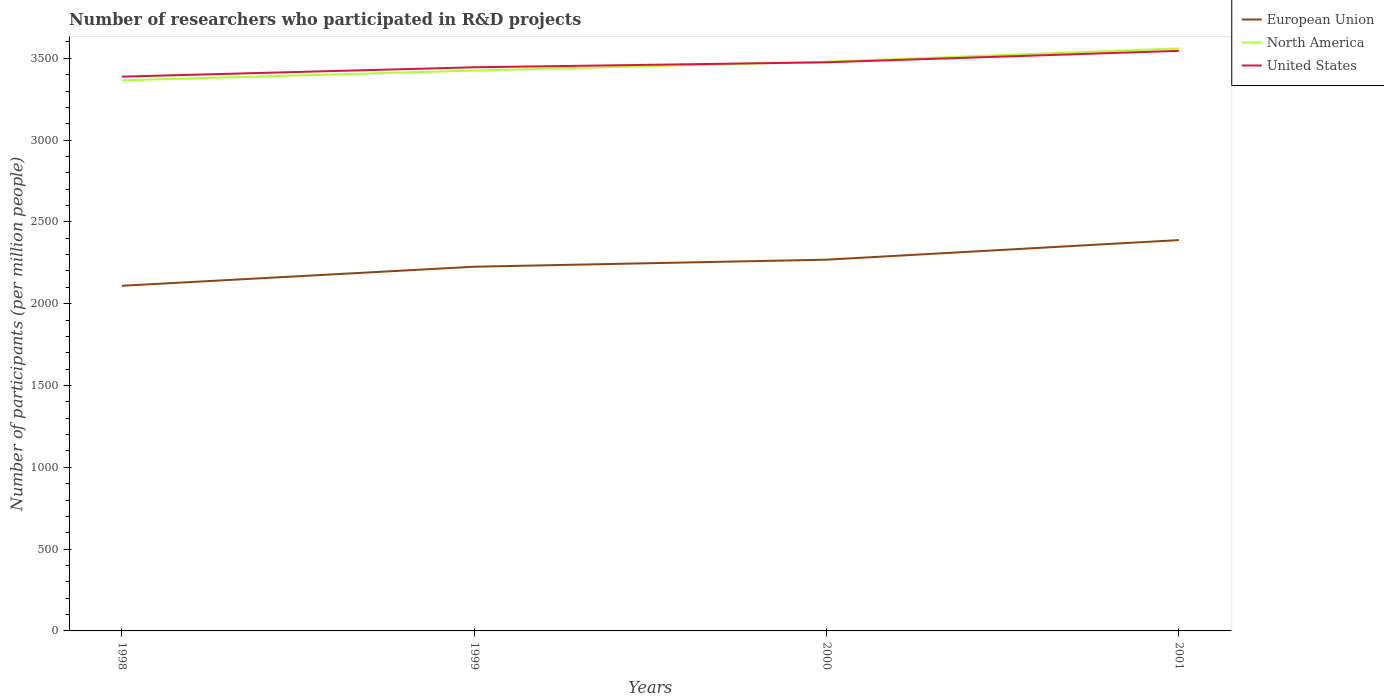
| Years | European Union | North America | United States |
 | --- | --- | --- | --- |
 | 1998 | 2.11e+03 | 3.37e+03 | 3.39e+03 |
 | 1999 | 2.23e+03 | 3.43e+03 | 3.45e+03 |
 | 2000 | 2.27e+03 | 3.48e+03 | 3.48e+03 |
 | 2001 | 2.39e+03 | 3.56e+03 | 3.55e+03 |